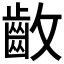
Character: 𱌛